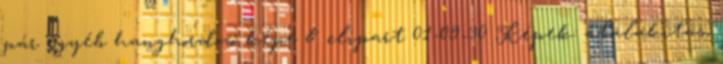
pár egyéb hanghordozó képe & clipart 01-09-30 Képek: átalakítás,